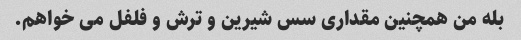
بله من همچنین مقداری سس شیرین و ترش و فلفل می خواهم.